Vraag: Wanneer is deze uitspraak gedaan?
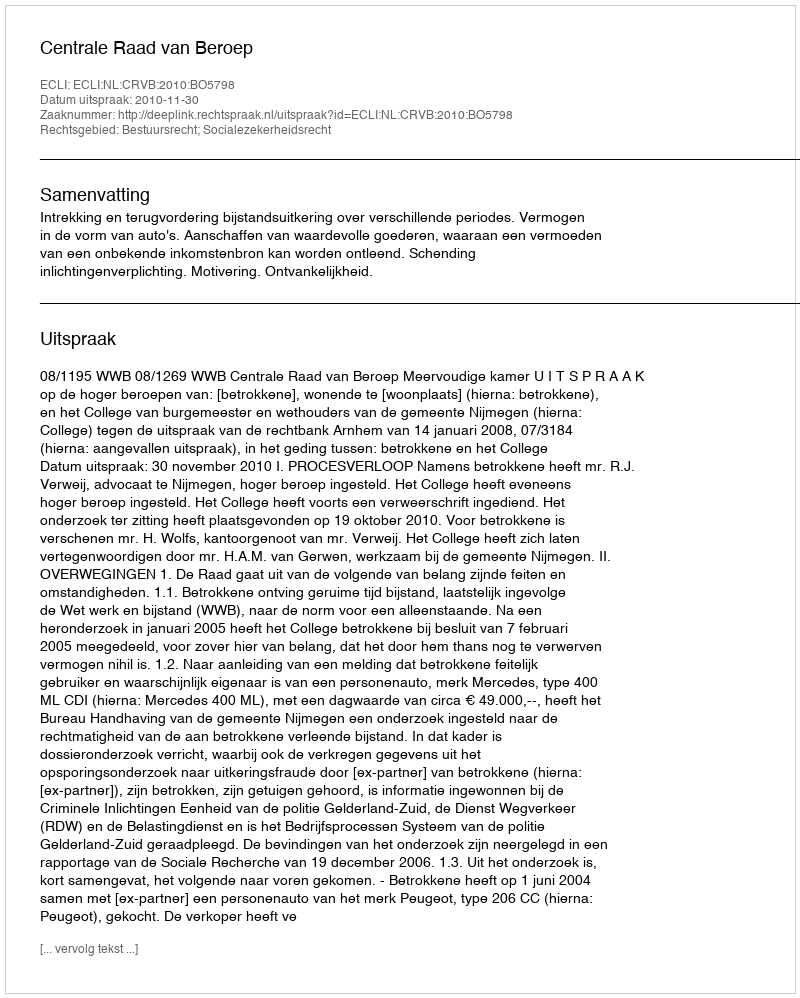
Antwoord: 2010-11-30